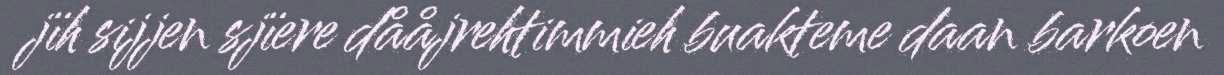
jïh sijjen sjïere dååjrehtimmieh buakteme daan barkoen